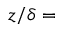
z / \delta =